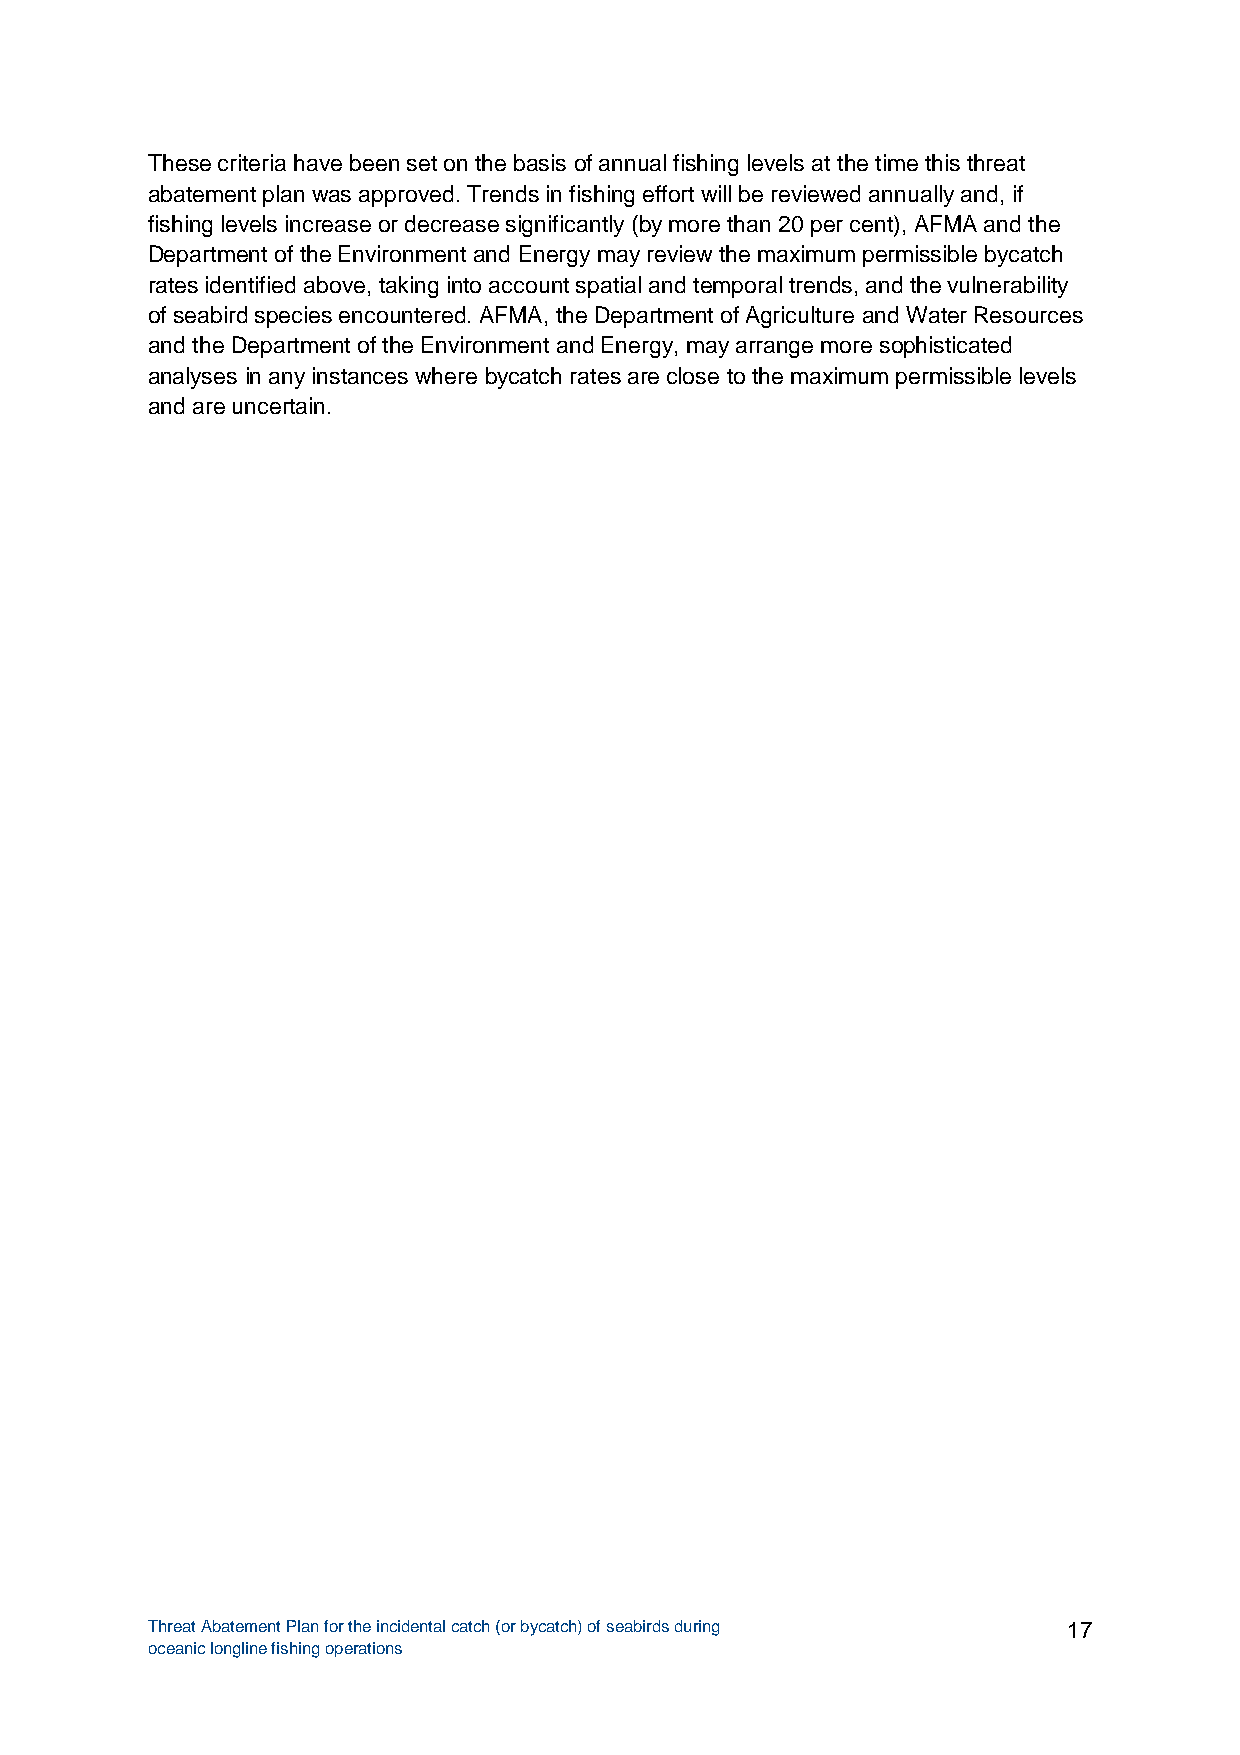
These criteria have been set on the basis of annual fishing levels at the time this threat
 abatement plan was approved. Trends in fishing effort will be reviewed annually and, if
 fishing levels increase or decrease significantly (by more than 20 per cent), AFMA and the
 Department of the Environment and Energy may review the maximum permissible bycatch
 rates identified above, taking into account spatial and temporal trends, and the vulnerability
 of seabird species encountered. AFMA, the Department of Agriculture and Water Resources
 and the Department of the Environment and Energy, may arrange more sophisticated
 analyses in any instances where bycatch rates are close to the maximum permissible levels
 and are uncertain.
 Threat Abatement Plan for the incidental catch (or bycatch) of seabirds during 17
 oceanic longline fishing operations